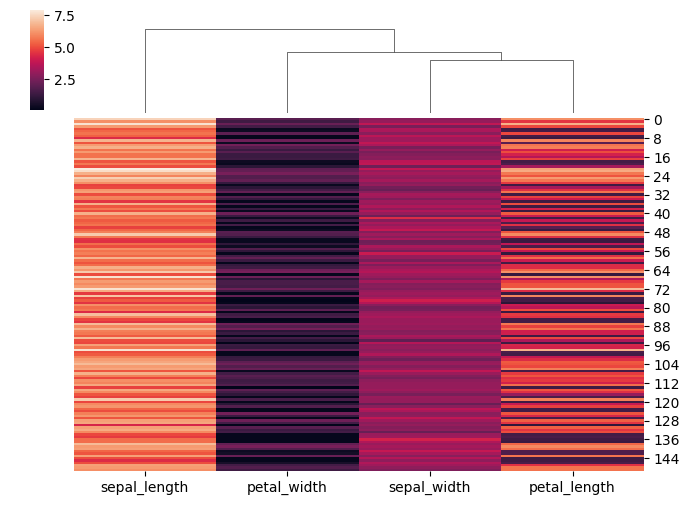
python, seaborn, clustermap, figsize=(7, 5), row_cluster=False, dendrogram_ratio=(0.1, 0.2), cbar_pos=(0.05, 0.8, 0.02, 0.2)